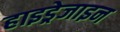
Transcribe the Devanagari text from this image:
हाइड्रेजाइन